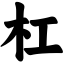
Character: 杠